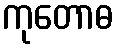
ကုတောဓ